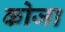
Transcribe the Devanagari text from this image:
कोजा